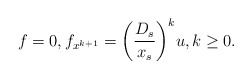
\begin{align*}f=0,f_{x^{k+1}}=\bigg(\frac{D_s}{x_s}\bigg)^{k}u,k\geq 0.\end{align*}